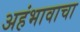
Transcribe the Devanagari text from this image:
अहंभावाचा